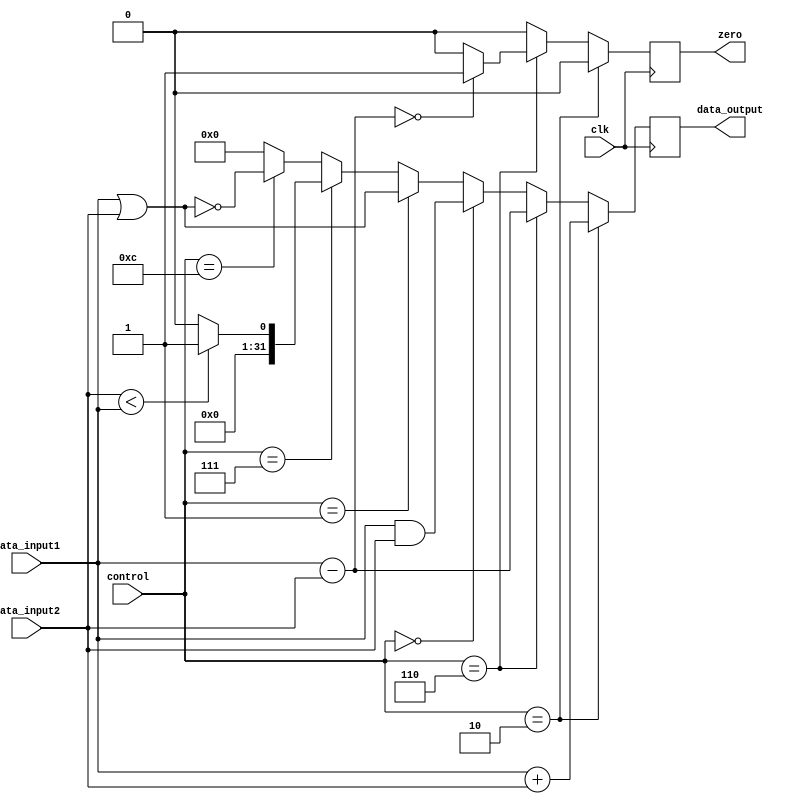
module ALU_21(clk, control, data_input1, data_input2, data_output, zero);
input clk;
input [3:0] control;
input signed [31:0] data_input1, data_input2;
output reg signed [31:0] data_output;
output reg zero;
always@(posedge clk)
begin
    if (control == 4'b0010) begin
        data_output = data_input1 + data_input2;
        zero = 0;
    end
    else if (control == 4'b0110)
	begin
        data_output = data_input1 - data_input2;
        if (data_output == 0)
	        zero = 1;
	    else
	        zero = 0;
    end
    else if (control == 4'b0000) begin
        data_output = data_input1 & data_input2;
        zero = 0;
    end
    else if (control == 4'b0001) begin
	data_output = data_input1 | data_input2;
	zero = 0;
    end
    else if (control == 4'b0111) begin
        if (data_input2 < data_input1)
            data_output = 1;
        else
            data_output = 0;
        zero = 0;
    end
    else if (control == 4'b1100) begin
	data_output = ~(data_input1 | data_input2);
        zero =0;
    end
    else
    begin
        data_output = 0;
        zero =0;
    end
end
endmodule